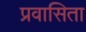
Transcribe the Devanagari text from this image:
प्रवासिता